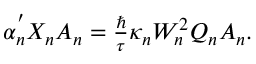
\begin{array} { r } { \alpha _ { n } ^ { ' } X _ { n } A _ { n } = \frac { \hbar } { \tau } \kappa _ { n } W _ { n } ^ { 2 } Q _ { n } A _ { n } . } \end{array}